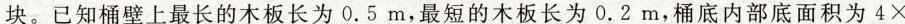
块。已知桶壁上最长的木板长为0.5m，最短的木板长为0.2m，桶底内部底面积为4\times